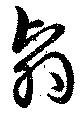
翳